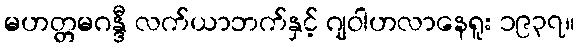
မဟတ္တမဂန္ဒီ လက်ယာဘက်နှင့် ဂျဝါဟလာနေရူး ၁၉၃၇။